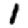
Digit: 1